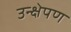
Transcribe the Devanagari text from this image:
उन्क्षेपण